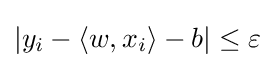
|y_{i}-\langle w,x_{i}\rangle -b|\leq \varepsilon